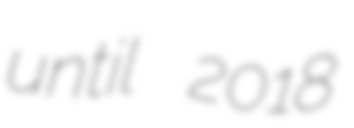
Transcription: until 2018